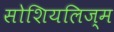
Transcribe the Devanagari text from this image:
सोशियलिज्म